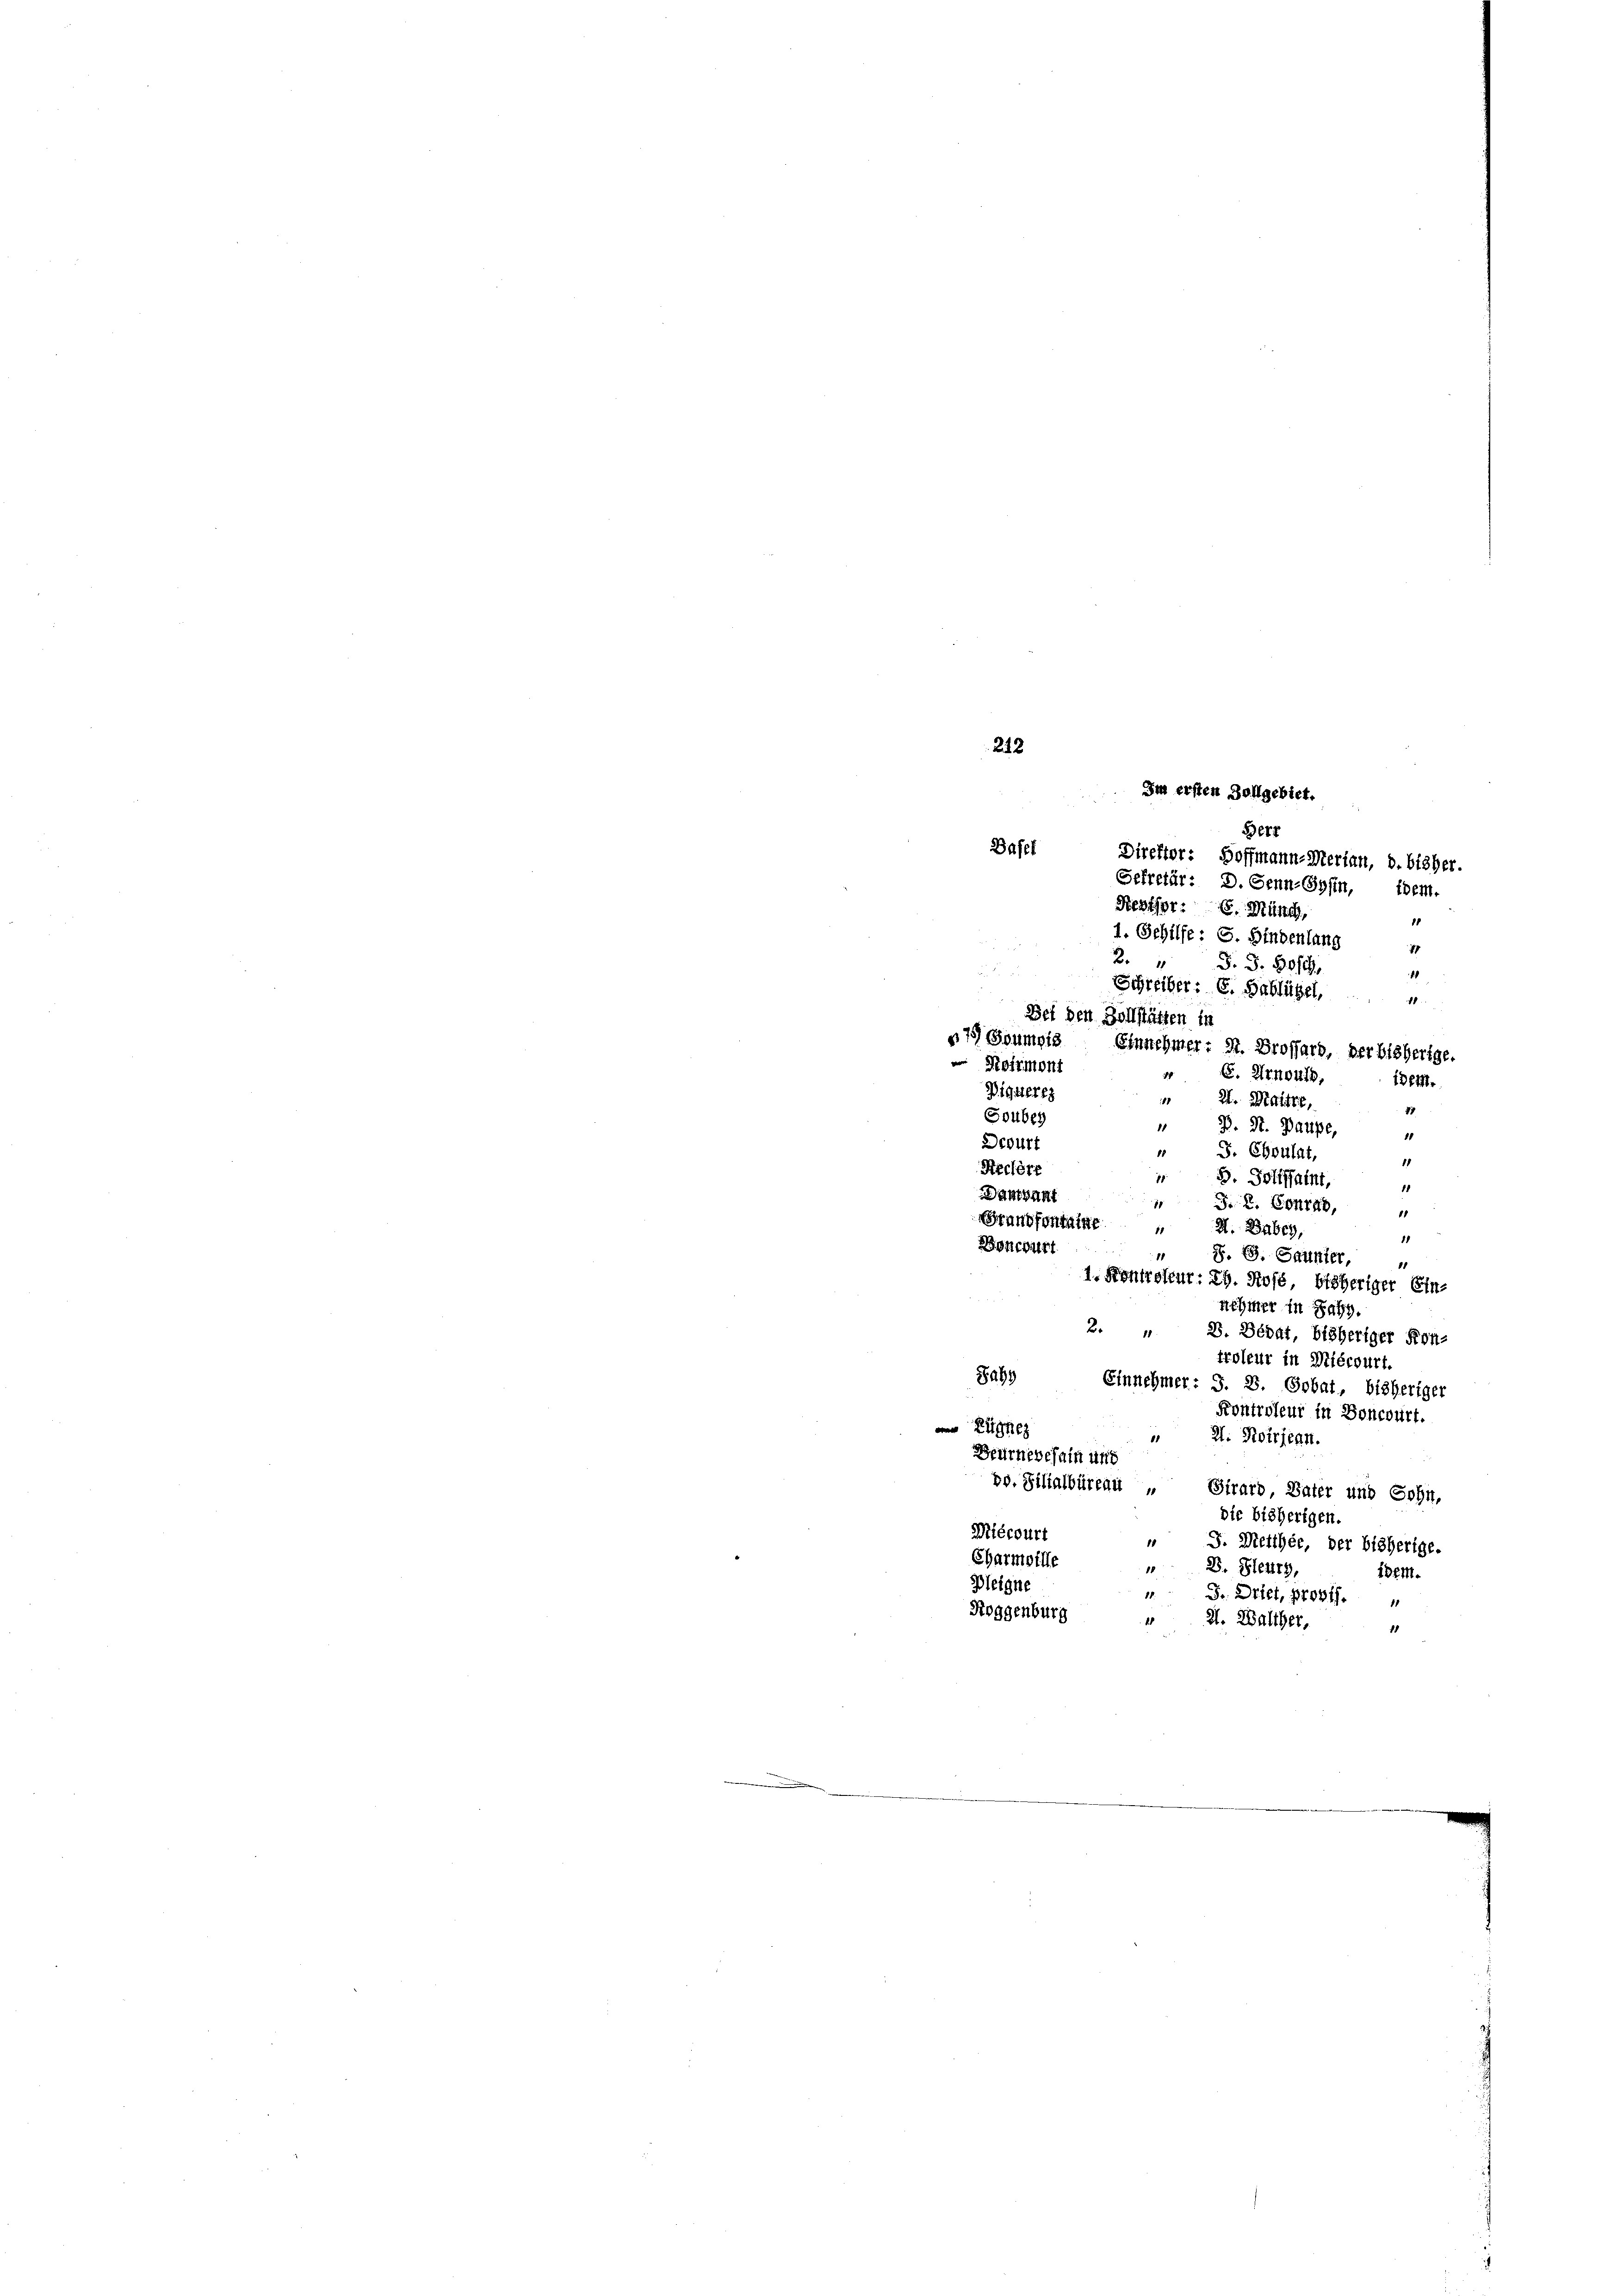
Basel
.

212

Im ersten Zollgebiet.

Herr
Direktor: Hoffmann-Merian, d. bisher.
Sekretär: D. Senn Sohin, item.
Reviser: C. Münch,
Bei den Zollstätten in
7) Goumpis Einnehmer: St. Grossard, der bisherige.
Reimont
 C. Arnouth,
idem.
Digtiere
187
21. Maitre,
47
Gouber
1
J. Dr. Baupe,
1
Deburt
15
J. Ehoulat,
11
Rechere
77.
5. Gotifsaint,
1
Dahtvant
1
DR. Conrad,
Brandfontaine
 A. Dabey
11
Boneburt
11
Z. G. Saunter,
11
1. Sontroleur: EG. Rose, bisheriger Ein-
nehmer in Jahr.
24
D. Dédat, bisheriger Kon-
troleur in Miécourt.
Jahs
Einnehmer: S. 8. Sobat, bisheriger
Kontroleur in Doncourt.
en Zugeg
" 2. Koirieen.
Beürnevehain und
»d. Filialbüreau „ Girard, Vater und Sohn,
die bisherigen.
Miécourt
18
J. Meither, der bisherige.
Charmoille
18
2. Bleurs,
idem.
Pleigne
1 Fr. Dritt, prost.
Roggenburg
1
H. Walther,
1

1. Schilfe: G. Bindenlang
2. " S. S. 901.
Schreiber: C. Hablügel,

1
1
4
48